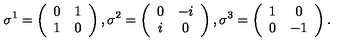
\sigma ^ { 1 } = \left( \begin{array} { c c } { 0 } & { 1 } \\ { 1 } & { 0 } \\ \end{array} \right) , \sigma ^ { 2 } = \left( \begin{array} { c c } { 0 } & { - i } \\ { i } & { 0 } \\ \end{array} \right) , \sigma ^ { 3 } = \left( \begin{array} { c c } { 1 } & { 0 } \\ { 0 } & { - 1 } \\ \end{array} \right) .